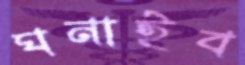
ঘনাইব